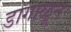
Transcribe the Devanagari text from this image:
डागाळून